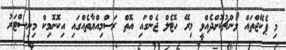
މި ޕެކޭޖްތައް ލޯންޗުކޮށްދެއްވީ މިރޭ ހޮޓެލް ޖެންގައި އޮތް ރަސްމިއްޔާތެއްގައި އިކޮނޮމިކް މިނިސްޓަރު